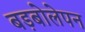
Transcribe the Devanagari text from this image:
बड़बोलेपन